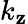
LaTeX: k_{\mathbf{z}}